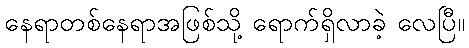
နေရာတစ်နေရာအဖြစ်သို့ ရောက်ရှိလာခဲ့ လေပြီ။